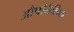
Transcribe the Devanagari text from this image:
औपनिशिक